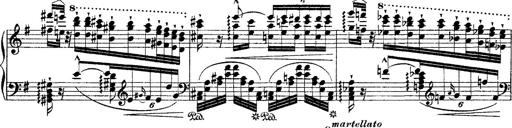
Title: Ã‰tudes d'exÃ©cution transcendante d'aprÃ¨s Paganini
Composer: Franz Liszt